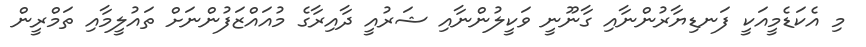
މި އެކަޑެމީއަކީ ފަނޑިޔާރުންނާއި ގާނޫނީ ވަކީލުންނާއި ޝަރުއީ ދާއިރާގެ މުއައްޒަފުންނަށް ތައުލީމާއި ތަމްރީން